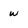
Character: w